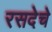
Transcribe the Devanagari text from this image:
रसदेचे